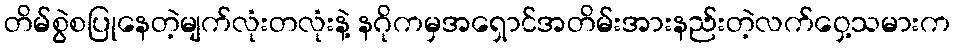
တိမ်စွဲစပြုနေတဲ့မျက်လုံးတလုံးနဲ့ နဂိုကမှအရှောင်အတိမ်းအားနည်းတဲ့လက်ဝှေ့သမားက